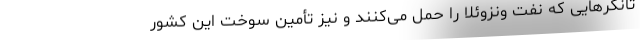
تانکرهایی که نفت ونزوئلا را حمل می‌کنند و نیز تأمین سوخت این کشور